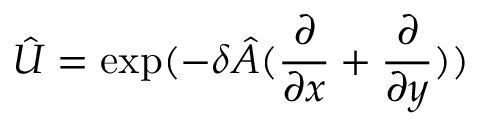
\hat { U } = \exp ( - \delta \hat { A } ( \frac { \partial } { \partial x } + \frac { \partial } { \partial y } ) )